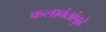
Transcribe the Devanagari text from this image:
कलावंतांपुढे